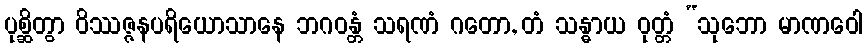
ပုစ္ဆိတွာ ဝိဿဇ္ဇနပရိယောသာနေ ဘဂဝန္တံ သရဏံ ဂတော, တံ သန္ဓာယ ဝုတ္တံ “သုဘော မာဏဝေါ